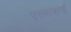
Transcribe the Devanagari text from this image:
एल्सवर्ल्ड